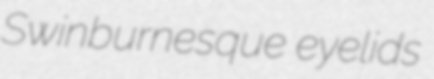
Swinburnesque eyelids